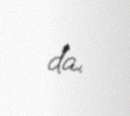
da.